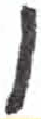
אות: ן